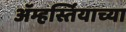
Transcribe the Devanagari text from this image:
ॲम्हर्स्तियाच्या